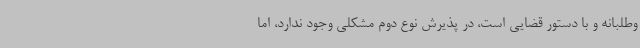
وطلبانه و با دستور قضایی است، در پذیرش نوع دوم مشکلی وجود ندارد، اما